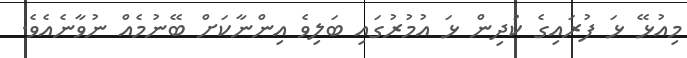
މިއުޅޭ ޅަ ފުރައިގެ ކުދިން ޅަ އުމުރުގައި ބަލިވެ އިންނާކަށް ބޭނުމެއް ނުވާނެއެވެ.